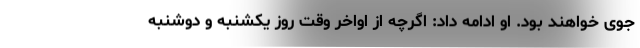
جوی خواهند بود. او ادامه داد: اگرچه از اواخر وقت روز یکشنبه و دوشنبه